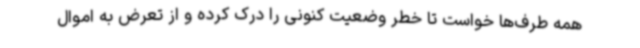
همه طرف‌ها خواست تا خطر وضعیت کنونی را درک کرده و از تعرض به اموال